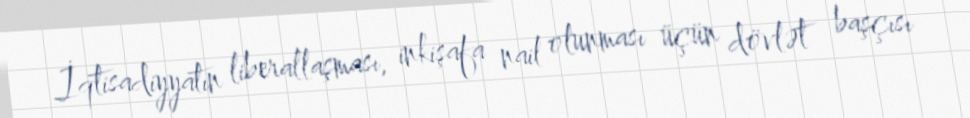
İqtisadiyyatın liberallaşması, inkişafa nail olunması üçün dövlət başçısı